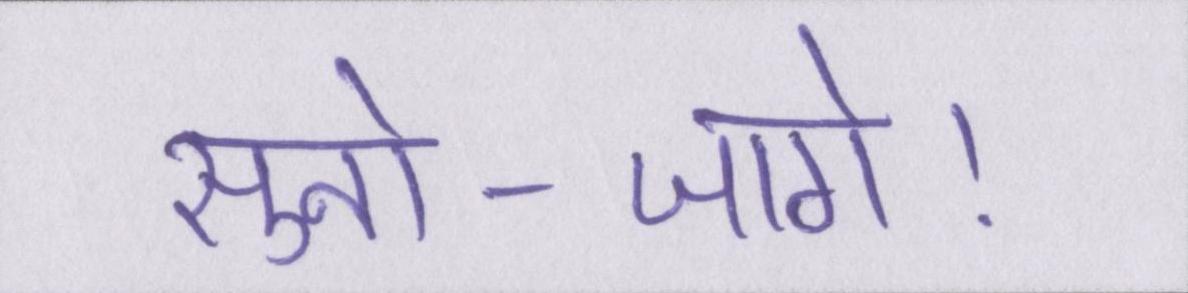
सुनो--जागे।